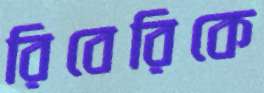
রিবেরিকে